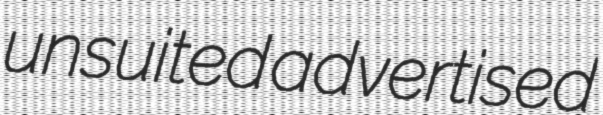
unsuited advertised